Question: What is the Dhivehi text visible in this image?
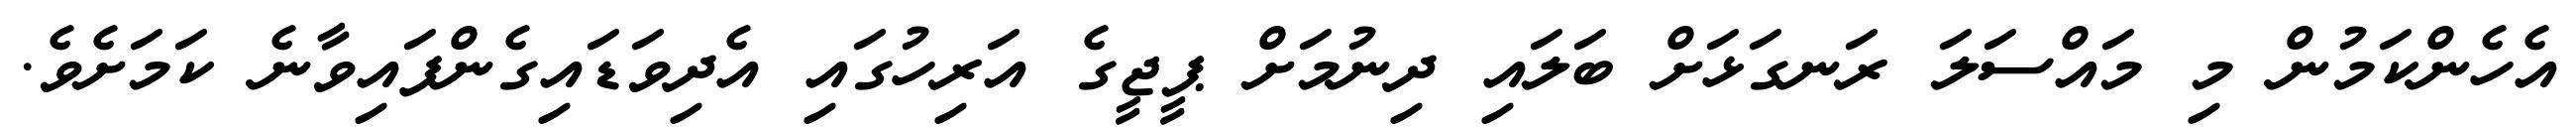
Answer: އެހެންކަމުން މި މައްސަލަ ރަނގަޅަށް ބަލައި ދިނުމަށް ޕީޖީގެ އަރިހުގައި އެދިވަޑައިގެންފައިވާނެ ކަމަށެވެ.